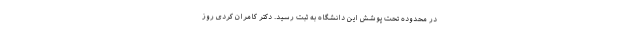
در محدوده تحت پوشش این دانشگاه به ثبت رسید. دکتر کامران کردی روز